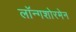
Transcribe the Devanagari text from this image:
लॉन्गशोरमेन